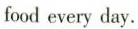
food every day.